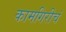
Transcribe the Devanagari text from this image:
कामगिरीचं